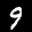
Label: 9